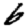
Digit: 6